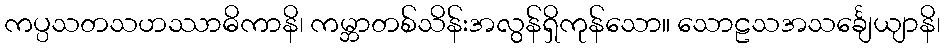
ကပ္ပသတသဟဿာဓိကာနိ၊ ကမ္ဘာတစ်သိန်းအလွန်ရှိကုန်သော။ သောဠသအသင်္ချေယျာနိ၊